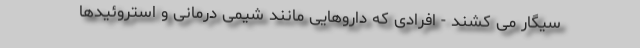
سیگار می کشند - افرادی که داروهایی مانند شیمی درمانی و استروئیدها